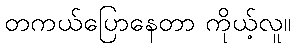
တကယ်ပြောနေတာ ကိုယ့်လူ။